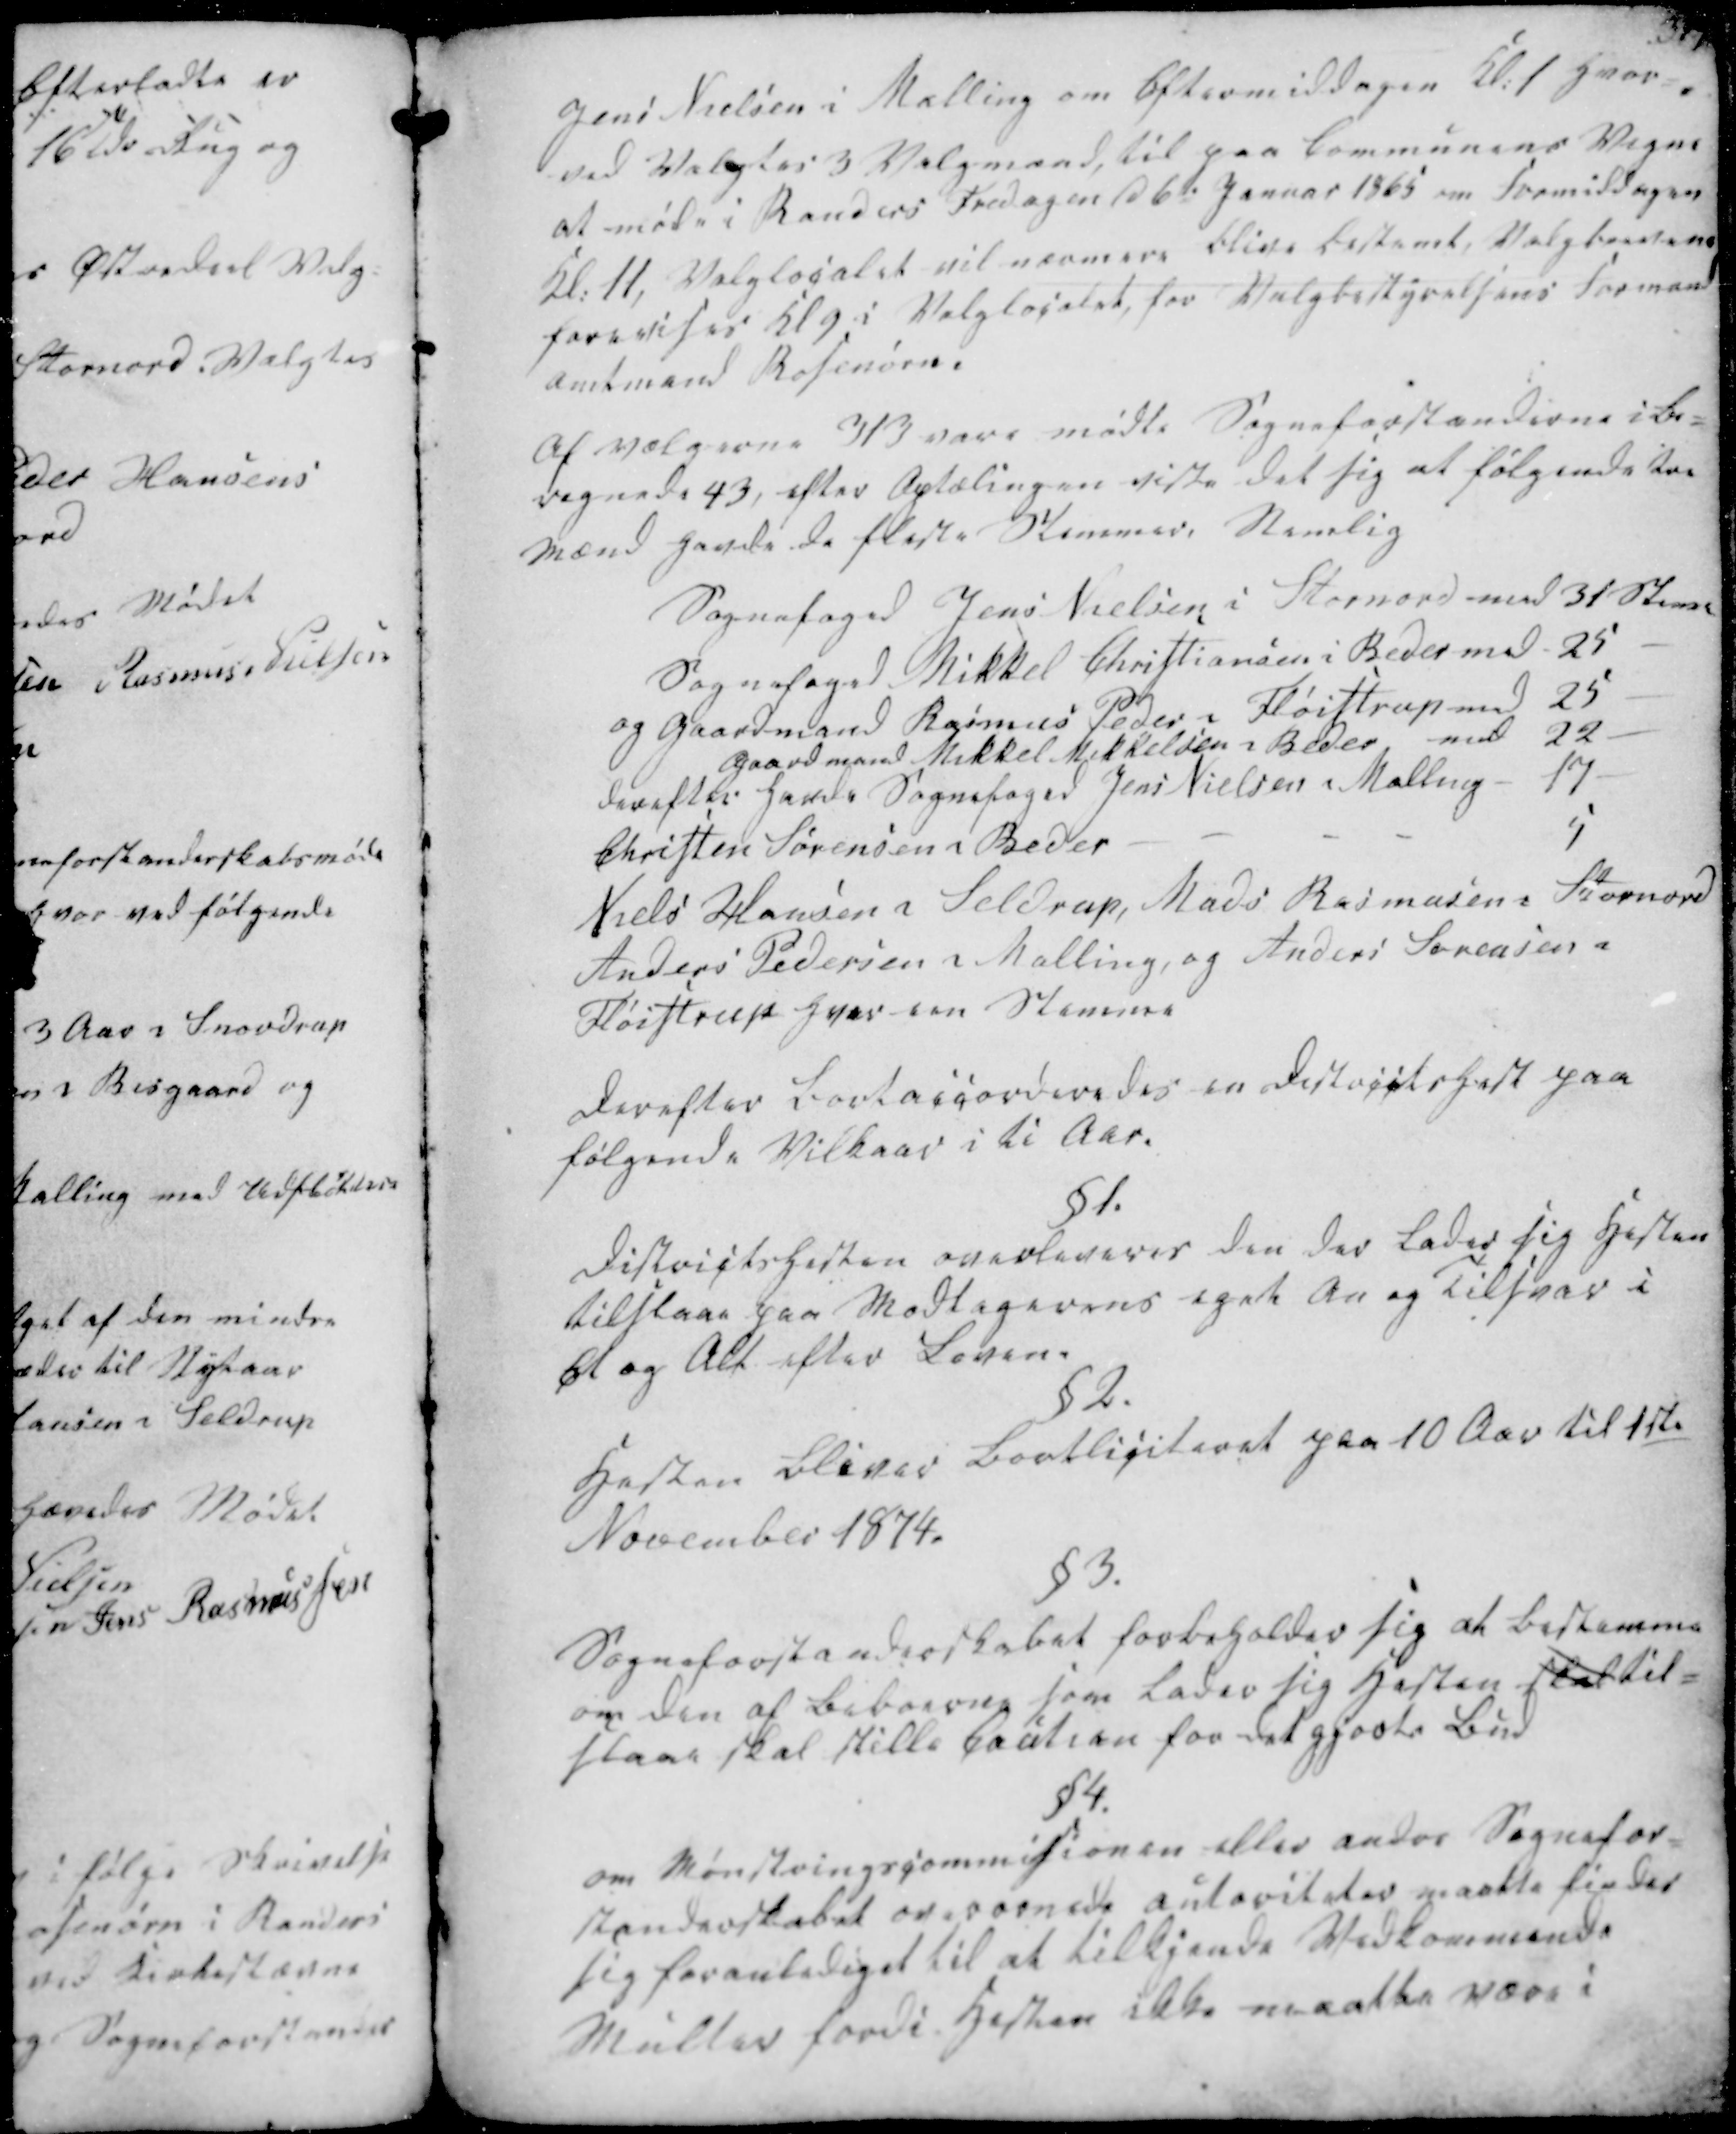
Transskription:
Jens Nielsen i Malling om Eftermiddagen Kl. 1 hvor-
ved Valgtes 3 Valgmænd, til paa Communens Vegne
at møde i Randers Fredagen d 6te Januar 1865 om Formiddagen
Kl. 11, Valglocalet vil nærmere blive bestemt, Valgbestene
forevises Kl 9 i Valglocalet, for Valgbestyrelsens Formand
amtmand Rosenørn.

Af Vælgerne 313 vare mødte Sogneforstanderne i Be-
regnede 43, efter Optælingen viste det sig at følgende tre
Mænd havde de fleste Stemmer, Nemlig

Sognefoged Jens Nielsen i Stornord med 31 Stemer
Sognefoged Mikkel Christiansen i Beder med 25
og Gaardmand Rasmus Peder i Fløistrup med 25
Gaardmand Mikkel Mikkelsen i Beder med 22
derefter havde Sognefoged Jens Nielsen i Malling - 17
Christen Sørensen i Beder
5
Niels Hansen i Seldrup, Mads Rasmussen i Stornord
Anders Pedersen i Malling, og Anders Sørensen i
Fløistrup hver een Stemme

Derefter bortaccorderedes en Districtshest paa
følgende Vilkaar i ti Aar.
§1.
Districtshesten overleveres den der lader sig Hesten
tilstaae paa Modtagerens eget An og Tilsvar i
Et og Alt efter Loven.
§2.
Hesten bliver bortliciteret paa 10 Aar til 1ste
November 1874.
§3.
Sogneforstanderskabet forbeholder sig at bestemme
om den af Beboerne som lader sig Hesten skal til-
slaae skal stille Caution for det gjorte Bud

§4.
om Mønstringscommissionen eller andre Sognefor-
standerskabet overornede autoriteter maatte findes
sig foranlediget til at tilkjende Vedkommende
Muller fordi Hesten ikke maatte være i